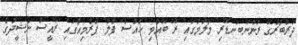
ދަރުބާރުގޭ ރަންނަބަނޑޭރި މާލަމުގައި ރޭ ބޭއްވި ހައުސް ފުލް ޕްރެމިއާގައި ރައީސް ނަޝީދުގެ